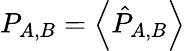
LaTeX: P_{A,B}=\left\langle\hat{P}_{A,B}\right\rangle